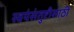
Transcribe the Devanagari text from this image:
स्वयंसंतुष्टीसाठी